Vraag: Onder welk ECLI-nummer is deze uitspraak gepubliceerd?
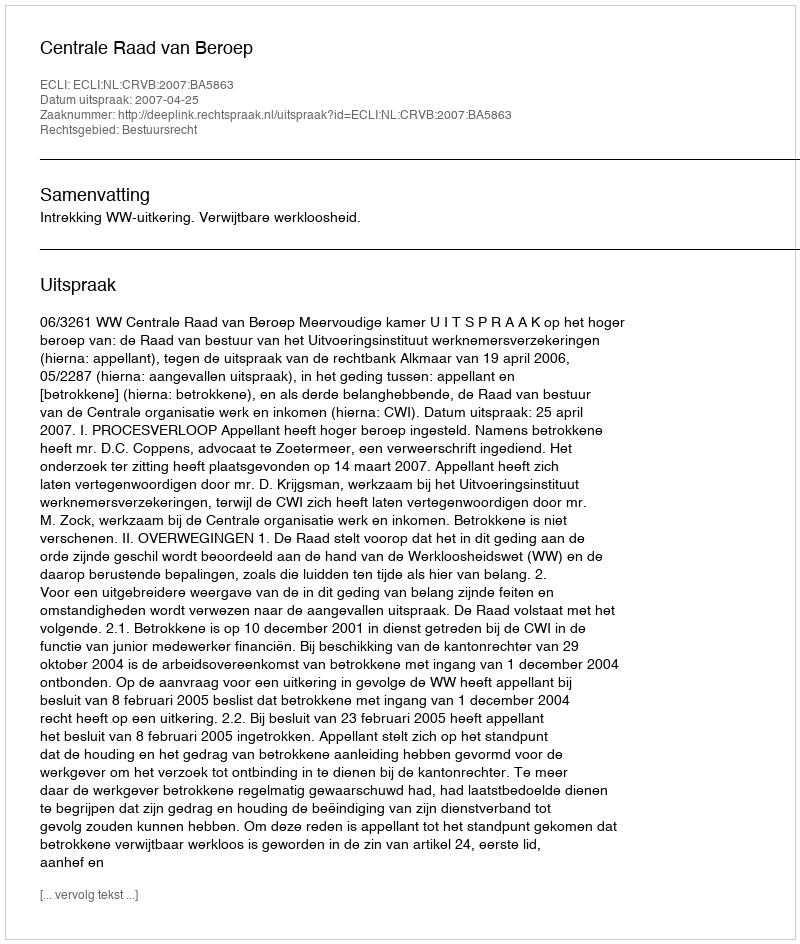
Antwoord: ECLI:NL:CRVB:2007:BA5863